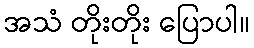
အသံ တိုးတိုး ပြောပါ။